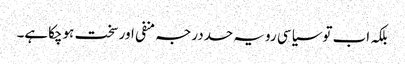
بلکہ اب توسیاسی رویہ حددرجہ منفی اورسخت ہوچکاہے۔